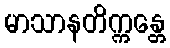
မာသာနတိက္ကန္တေ